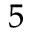
^ 5